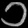
Digit: ၁